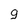
Character: 9